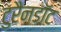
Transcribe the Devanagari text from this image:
टुरैनडॉट